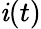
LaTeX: \mathit{i}(t)